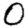
Digit: 0